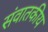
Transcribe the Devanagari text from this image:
संवातकीय